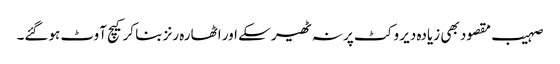
صہیب مقصود بھی زیادہ دیر وکٹ پر نہ ٹھیر سکے اور اٹھارہ رنز بنا کر کیچ آوٹ ہوگئے۔